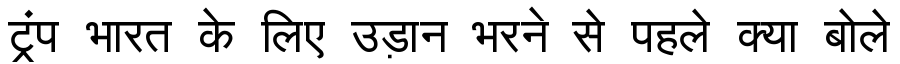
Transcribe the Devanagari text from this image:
ट्रंप भारत के लिए उड़ान भरने से पहले क्या बोले